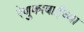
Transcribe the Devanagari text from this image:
रेणुकाबाईंच्या